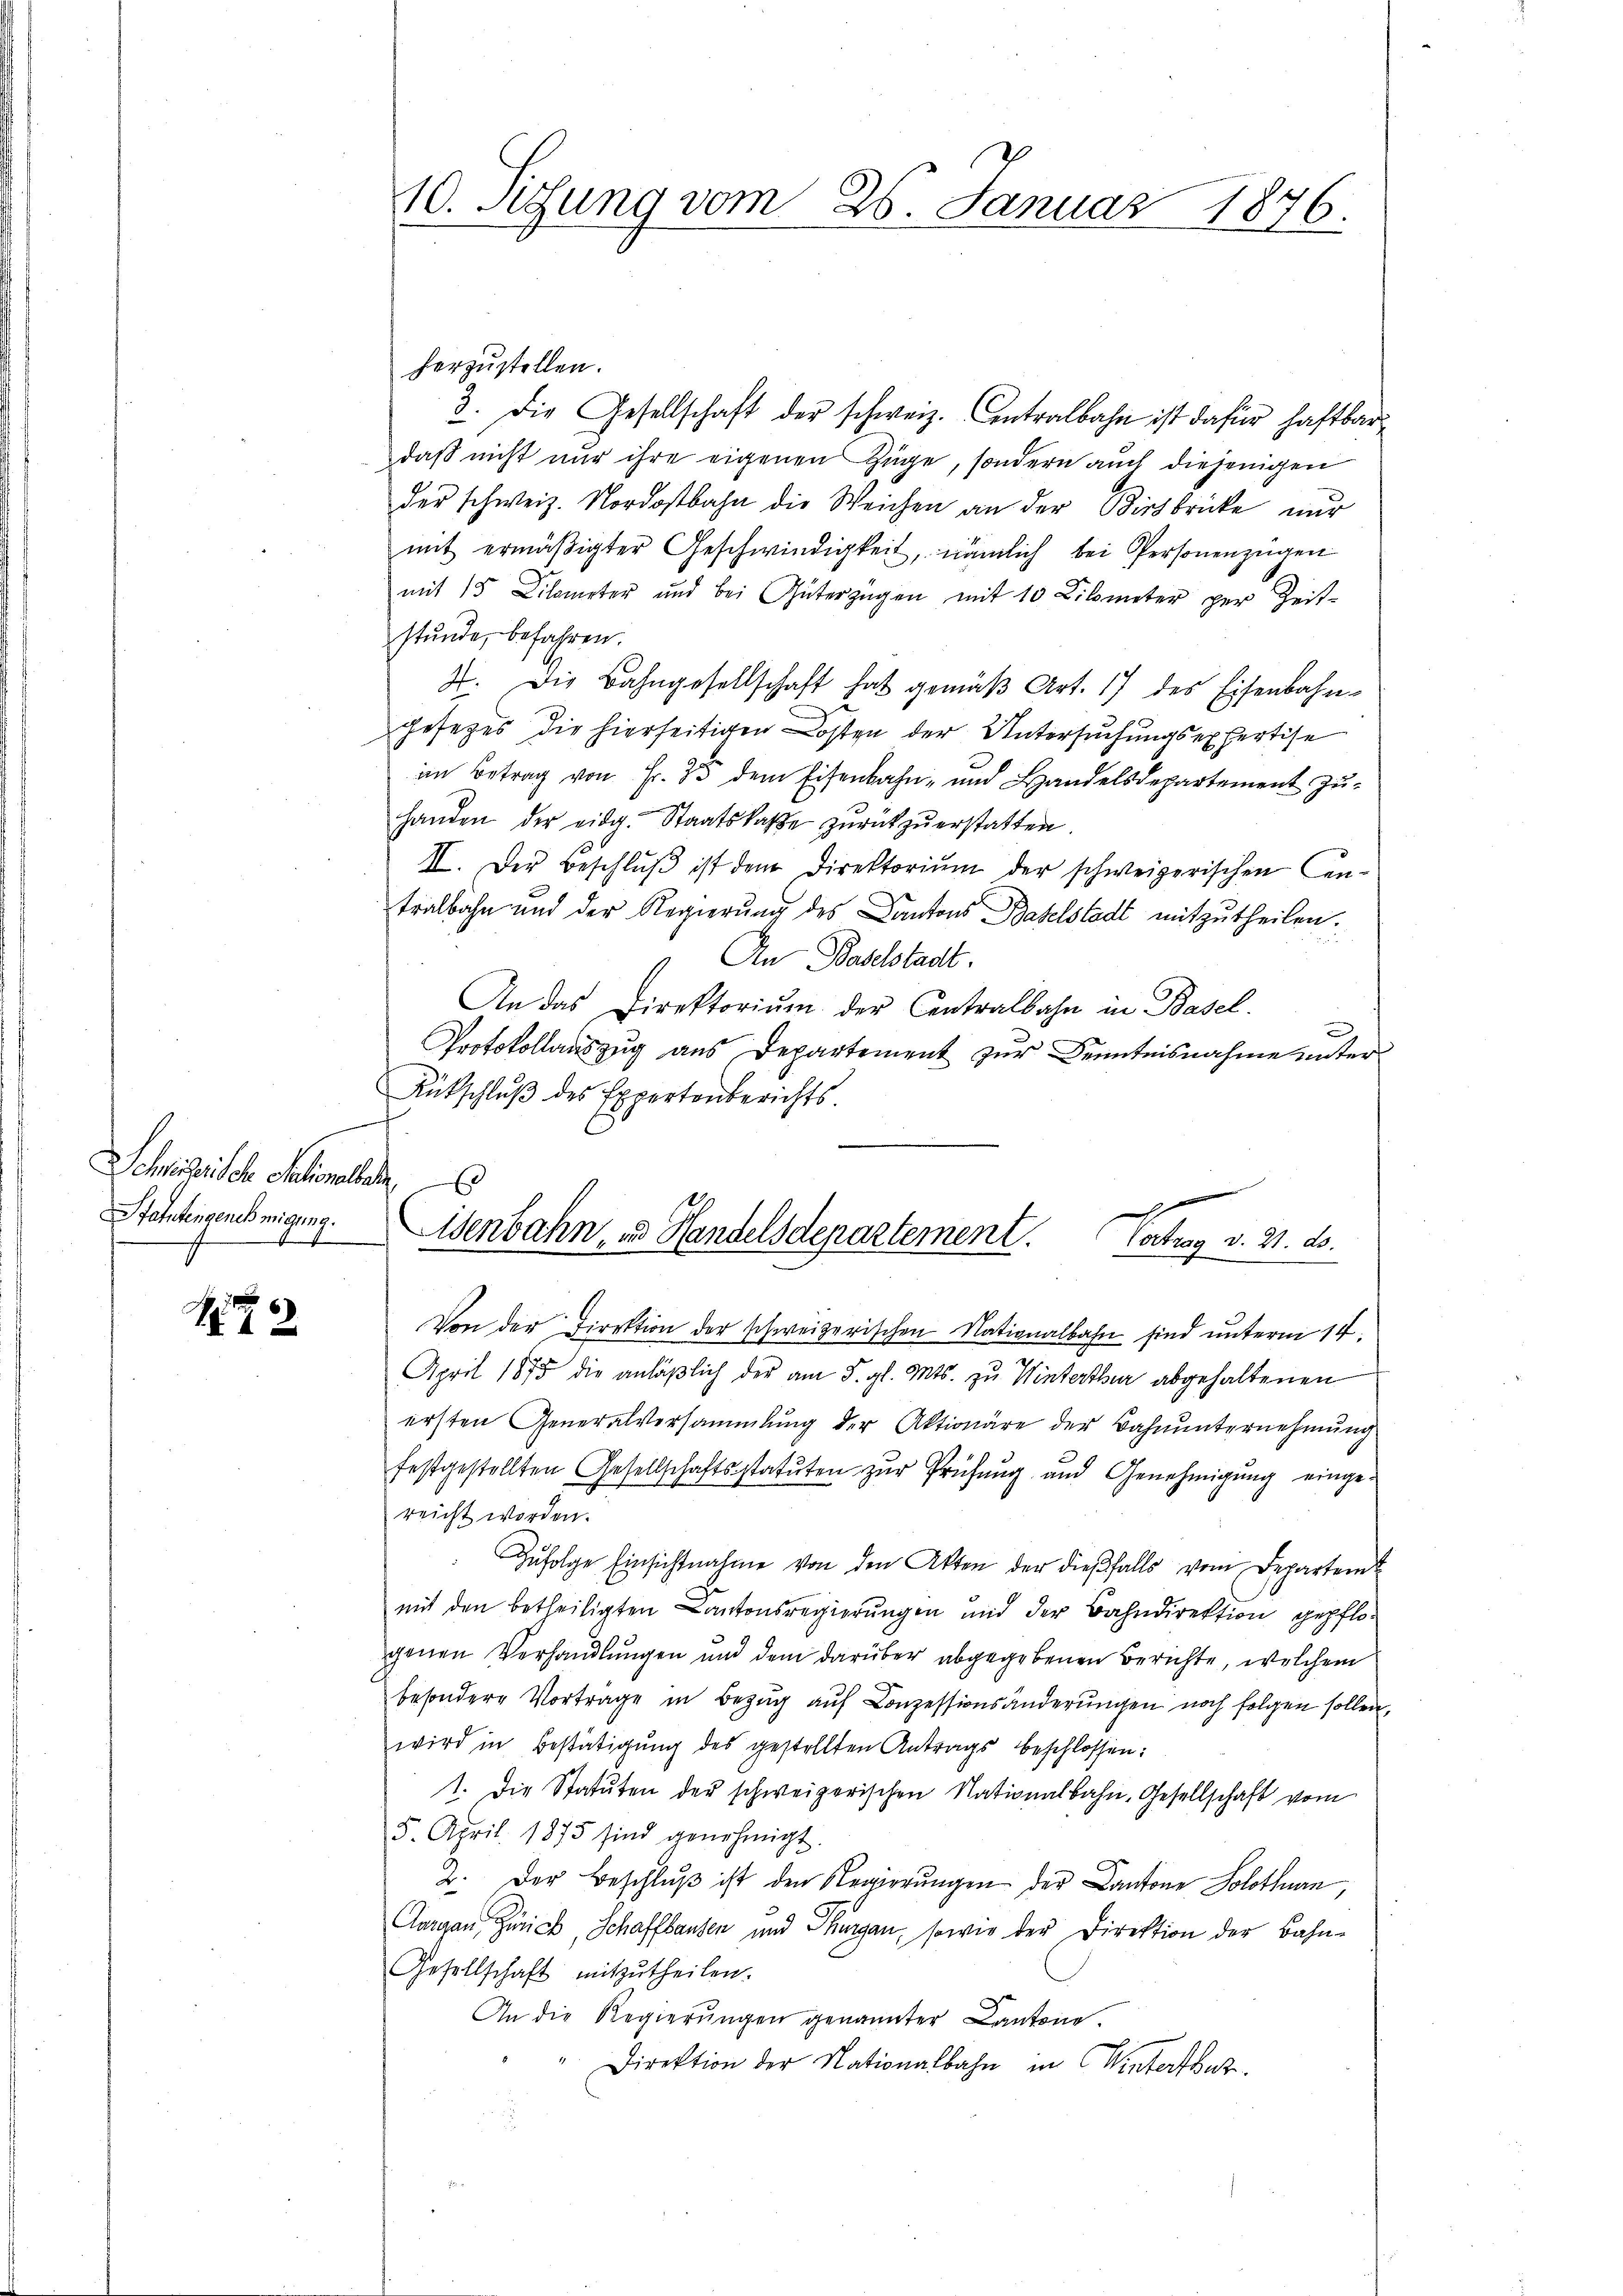
Schreizerische Petent
Stattengenehmigung.

8

10. Sedung vom 25. Januar 1876.

a
x
isenbahn, und Handelsdepartement. Vortrag v. 21. ds.

herzustellen.
3. Die Gesellschaft der schweiz. Centralbahn ist dafür haftbar
daß nicht nur ihre eigenen Züge, sondern auch diejenigen
der schweiz. Nordostbahn die Weichen an der Birsbrücke nur
mit ermäßigter Geschwindigkeit, nämlich bei Personenzügen
mit 15 Kilometer und bei Güterzügen mit 10 Kilometer per Zeit-
stunde, befahren.
2. Die Bahngesellschaft hat gemäβ Art. 17 des Eisenbahn-
gesezes die hierseitigen Kosten der Untersuchungsexpertise
an Betrag von Fr. 353 dem Eisenbahn- und Handelsdepartement zuhanden der eidg. Staatskasse zurückzuerstatten
II. Der Beschlŭβ ist dem Direktoriŭm der schweizerischen Can-
tralbahn und der Regierung des Cantons Baselstadt mitzutheilen.
An Baselstadt.
An das Direktoriŭm der Contralbahn in Basel.
Protokollauszug aus Departement zur Kenntnisnahme unter
Rutschlŭβ des Expertonberichts.
Von der Direktion der schweizerischen Nationalbahn sind unterm 14.
April 1875 die anläβlich der am 5. gl. Mts. zu Winterthur abgehaltenen
ersten Generalversammlung der Aktionäre der Bahnunternehmung
festgestellten Gesellschaftsstatuten zŭr Prüfŭng und Genehmigŭng eingereicht worden.
Zŭfolge Einsichtnahme von den Akten der dieβfalls vom Departem
mit den betheiligten Cantonsregierungen und der Bahndirektion gepflo-
genen Verhandlungen und dem darüber abgegebenen Berichte, welchem
besondere Vortrage in Bezug auf Conzessionsänderungen noch folgen sollen.
wird in Bestätigung des gestellten Antrags beschlossen:
1. Die Statuten der schweizerischen Nationalbahn, Gesellschaft vom
5. April 1875 sind genehmigt.
2. Der Beschlŭβ ist den Regierŭngen der Cantone Solothurn,
Aargau, Zürich, Schaffhausen und Thurgau, sowie der Direktion der Bahn¬
Gesellschaft mitzŭtheilen.
An die Regierŭngen genannter Cantone.
Direktion der Nationalbahn in Winterthur